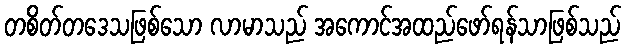
တစိတ်တဒေသဖြစ်သော လာမာသည် အကောင်အထည်ဖော်ရန်သာဖြစ်သည်